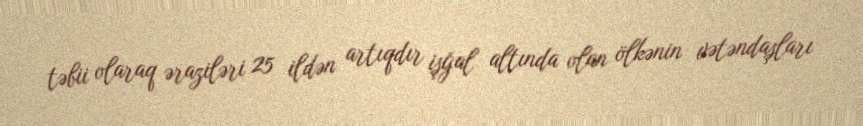
təbii olaraq əraziləri 25 ildən artıqdır işğal altında olan ölkənin vətəndaşları